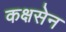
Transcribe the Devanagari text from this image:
कक्षसेन